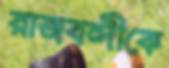
রাজবন্দীকে